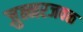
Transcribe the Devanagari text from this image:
जुन्नरजवळ